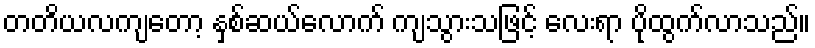
တတိယလကျတော့ နှစ်ဆယ်လောက် ကျသွားသဖြင့် လေးရာ ပိုထွက်လာသည်။